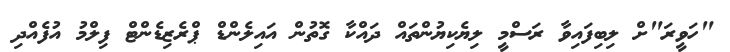
"ހަވީރަ"ށް ލިބިފައިވާ ރަސްމީ ލިޔެކިޔުންތައް ދައްކާ ގޮތުން އައިލެންޑް ޕްރެޒިޑެންޓް ފިލްމު އުފެއްދި